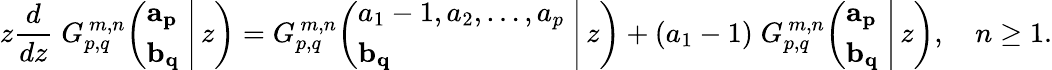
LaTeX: z{\frac{d}{dz}}\; G_{p,q}^{\, m,n}\! \left(\left.{\begin{array}{l}{\mathbf{a_{p}}}\\ {\mathbf{b_{q}}}\end{array}}\; \right|\, z\right)=G_{p,q}^{\, m,n}\! \left(\left.{\begin{array}{l}{a_{1}-1,a_{2},\dots,a_{p}}\\ {\mathbf{b_{q}}}\end{array}}\; \right|\, z\right)+(a_{1}-1)\; G_{p,q}^{\, m,n}\! \left(\left.{\begin{array}{l}{\mathbf{a_{p}}}\\ {\mathbf{b_{q}}}\end{array}}\; \right|\, z\right),\quad n\geq 1.